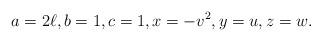
LaTeX: \begin{align*} a = 2\ell, b = 1, c = 1, x = -v^2, y = u, z = w.\end{align*}